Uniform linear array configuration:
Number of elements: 64
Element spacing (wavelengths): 0.5
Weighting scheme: kaiser
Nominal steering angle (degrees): -30
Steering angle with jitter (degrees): -31.892
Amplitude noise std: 0.05
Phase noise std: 0.05

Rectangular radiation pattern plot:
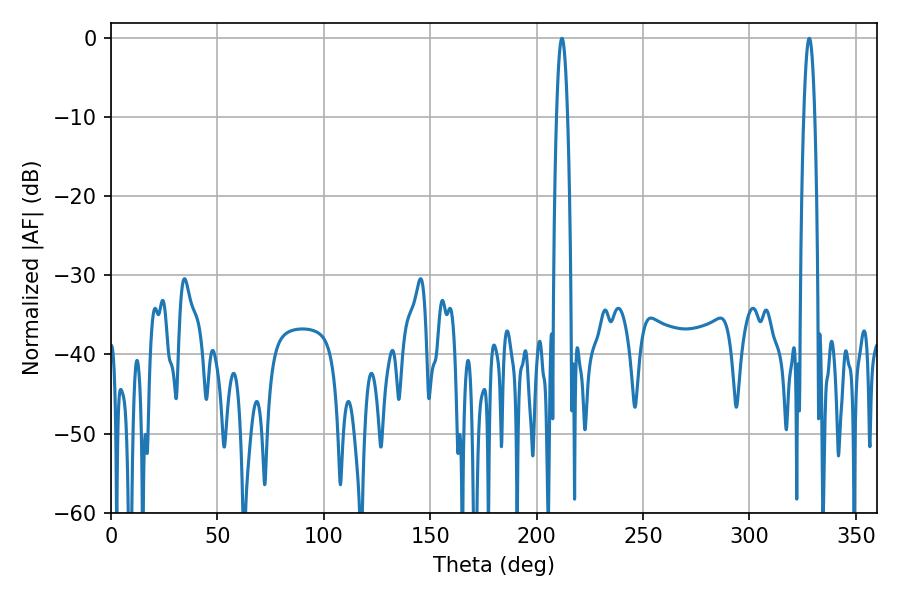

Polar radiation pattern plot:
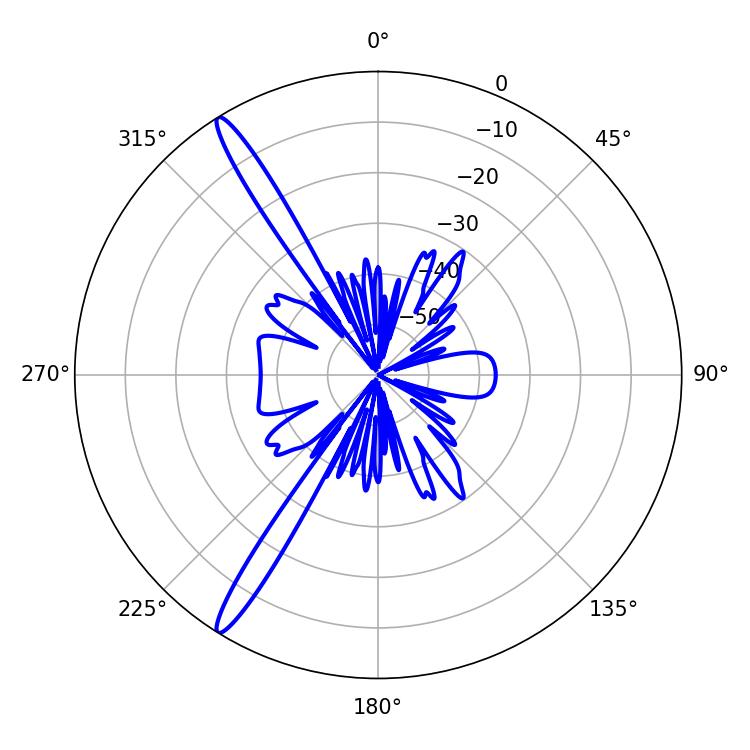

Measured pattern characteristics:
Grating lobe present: FALSE
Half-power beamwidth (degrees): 2.88
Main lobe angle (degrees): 328.14